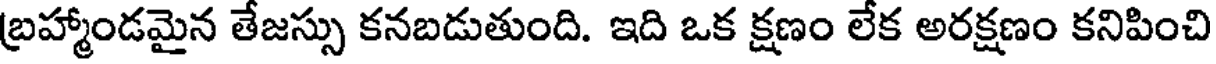
బ్రహ్మాండమైన తేజస్సు కనబడుతుంది. ఇది ఒక క్షణం లేక అరక్షణం కనిపించి